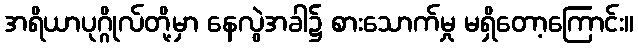
အရိယာပုဂ္ဂိုလ်တို့မှာ နေလွဲအခါ၌ စားသောက်မှု မရှိတော့ကြောင်း။